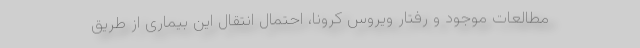
مطالعات موجود و رفتار ویروس کرونا، احتمال انتقال این بیماری از طریق